Scientific memoirs by medical officers of the Army of India - Part VIII,
Year: 1894
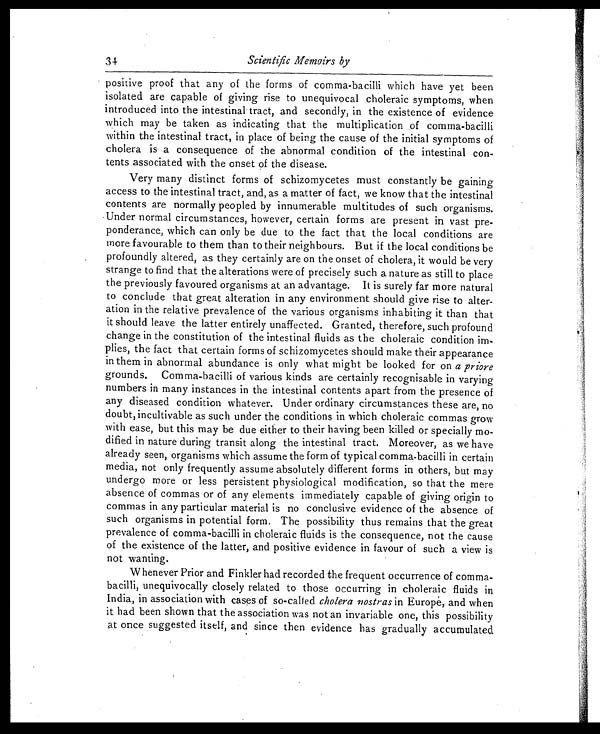
34
Scientific Memoirs by
positive proof that any of the forms of comma-bacilli which have yet been
isolated are capable of giving rise to unequivocal choleraic symptoms, when
introduced into the intestinal tract, and secondly, in the existence of evidence
which may be taken as indicating that the multiplication of comma-bacilli
within the intestinal tract, in place of being the cause of the initial symptoms of
cholera is a consequence of the abnormal condition of the intestinal con-
tents associated with the onset of the disease.
Very many distinct forms of schizomycetes must constantly be gaining
access to the intestinal tract, and, as a matter of fact, we know that the intestinal
contents are normally peopled by innumerable multitudes of such organisms.
Under normal circumstances, however, certain forms are present in vast pre-
ponderance, which can only be due to the fact that the local conditions are
more favourable to them than to their neighbours. But if the local conditions be
profoundly altered, as they certainly are on the onset of cholera, it would be very
strange to find that the alterations were of precisely such a nature as still to place
the previously favoured organisms at an advantage. It is surely far more natural
to conclude that great alteration in any environment should give rise to alter-
ation in the relative prevalence of the various organisms inhabiting it than that
it should leave the latter entirely unaffected. Granted, therefore, such profound
change in the constitution of the intestinal fluids as the choleraic condition i
m - p l i e s , t h e f a c t t h a t c e r t a i n f o r m s o f s c h i z o m y c e t e s s h o u l d m a k e t h e i r a p p e a r a n c e
in them in abnormal abundance is only what might be looked for on a priore
grounds. Comma-bacilli of various kinds are certainly recognisable in varying
numbers in many instances in the intestinal contents apart from the presence of
any diseased condition whatever. Under ordinary circumstances these are, no
doubt, incultivable as such under the conditions in which choleraic commas grow
with ease, but this may be due either to their having been killed or specially mo-
dified in nature during transit along the intestinal tract. Moreover, as we have
already seen, organisms which assume the form of typical comma-bacilli in certain
media, not only frequently assume absolutely different forms in others, but may
undergo more or less persistent physiological modification, so that the mere
absence of commas or of any elements immediately capable of giving origin to
commas in any particular material is no conclusive evidence of the absence of
such organisms in potential form. The possibility thus remains that the great
prevalence of comma-bacilli in choleraic fluids is the consequence, not the cause
of the existence of the latter, and positive evidence in favour of such a view is
not wanting.
Whenever Prior and Finkler had recorded the frequent occurrence of comma
- b a c i l l i , u n e q u i v o c a l l y c l o s e l y r e l a t e d t o t h o s e o c c u r r i n g i n c h o l e r a i c f l u i d s i n
India, in association with cases of so-called cholera nostras in Europe, and when
it had been shown that the association was not an invariable one, this possibility
at once suggested itself, and since then evidence has gradually accumulated